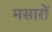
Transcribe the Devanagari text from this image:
मसारों